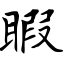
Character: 睱